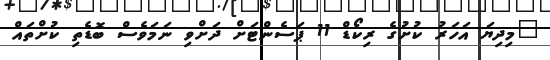
"މިދިޔަ އަހަރު ކުށުގެ ރިކޯޑް 11 ޕަސެންޓަށް ދަށްވި ނަމަވެސް ބޮޑެތި ކުށްތައް